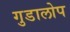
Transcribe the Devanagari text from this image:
गुडालोप